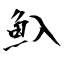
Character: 魞